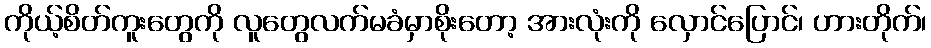
ကိုယ့်စိတ်ကူးတွေကို လူတွေလက်မခံမှာစိုးတော့ အားလုံးကို လှောင်ပြောင်၊ ဟားတိုက်၊